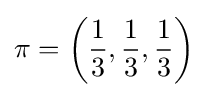
\pi =\left({\frac {1}{3}},{\frac {1}{3}},{\frac {1}{3}}\right)